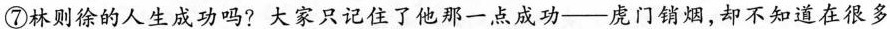
⑦林则徐的人生成功吗?大家只记住了他那一点成功--虎门销烟，却不知道在很多